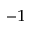
^ { - 1 }